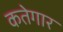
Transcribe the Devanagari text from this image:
कतेगार